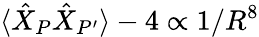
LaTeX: \langle\hat{X}_{P}\hat{X}_{P^{\prime}}\rangle-4\propto 1/R^{8}